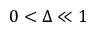
0 < \Delta \ll 1